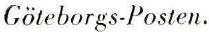
Göteborgs-Posten.